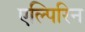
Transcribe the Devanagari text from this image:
एल्पिरिन